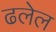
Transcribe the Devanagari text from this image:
ढलेल